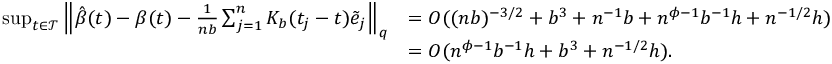
\begin{array} { r l } { \operatorname* { s u p } _ { t \in \mathcal { T } } \left\| \hat { \beta } ( t ) - \beta ( t ) - \frac { 1 } { n b } \sum _ { j = 1 } ^ { n } K _ { b } ( t _ { j } - t ) \tilde { e } _ { j } \right\| _ { q } } & { = O ( ( n b ) ^ { - 3 / 2 } + b ^ { 3 } + n ^ { - 1 } b + n ^ { \phi - 1 } b ^ { - 1 } h + n ^ { - 1 / 2 } h ) } \\ & { = O ( n ^ { \phi - 1 } b ^ { - 1 } h + b ^ { 3 } + n ^ { - 1 / 2 } h ) . } \end{array}